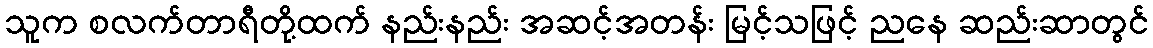
သူက စလက်တာရီတို့ထက် နည်းနည်း အဆင့်အတန်း မြင့်သဖြင့် ညနေ ဆည်းဆာတွင်